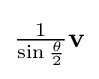
\textstyle {\frac {1}{\sin {\frac {\theta }{2}}}}\mathbf {v}